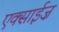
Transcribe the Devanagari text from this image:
एक्साईज़